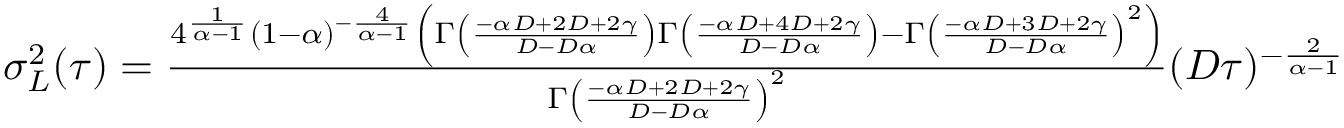
\begin{array} { r } { \sigma _ { L } ^ { 2 } ( \tau ) = \frac { 4 ^ { \frac { 1 } { \alpha - 1 } } ( 1 - \alpha ) ^ { - \frac { 4 } { \alpha - 1 } } \left( \Gamma \left( \frac { - \alpha D + 2 D + 2 \gamma } { D - D \alpha } \right) \Gamma \left( \frac { - \alpha D + 4 D + 2 \gamma } { D - D \alpha } \right) - \Gamma \left( \frac { - \alpha D + 3 D + 2 \gamma } { D - D \alpha } \right) ^ { 2 } \right) } { \Gamma \left( \frac { - \alpha D + 2 D + 2 \gamma } { D - D \alpha } \right) ^ { 2 } } ( D \tau ) ^ { - \frac { 2 } { \alpha - 1 } } } \end{array}